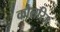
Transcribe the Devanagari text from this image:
कौलरिज